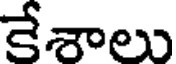
కేశాలు